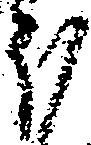
ほ